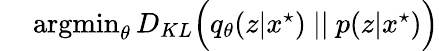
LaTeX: \begin{array}{rl}{{}}&{{}\operatorname*{argmin}_{\theta}D_{KL}\Big(q_{\theta}(z|x^{\star})\ ||\ p(z|x^{\star})\Big)}\end{array}